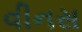
વીનસ